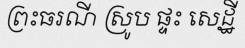
ព្រះធរណី ស្រូប ផ្ទះ សេដ្ឋី